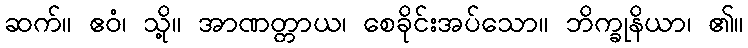
ဆက်။ ဧဝံ၊ သို့။ အာဏတ္တာယ၊ စေခိုင်းအပ်သော။ ဘိက္ခုနိယာ၊ ၏။